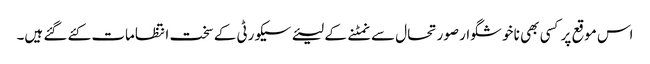
اس موقع پر کسی بھی نا خوشگوار صورتحال سے نمٹنے کے لیئے سیکورٹی کے سخت انتظامات کئے گئے ہیں۔